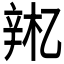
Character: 𫐚